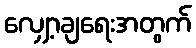
လျှော့ချရေးအတွက်